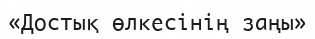
«Достық өлкесінің заңы»